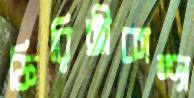
ফিরিঙ্গীকান্দা